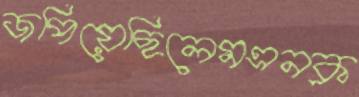
জপিয়েছিলেমএনক্ল